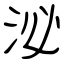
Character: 泌